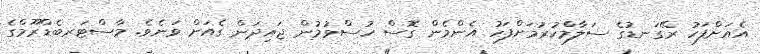
އެއަށްފަހު ރޭގަނޑުގެ ސަލާމްކުރުމަށްފަހު އެންމެން ގޮސް ހުސްވުމުން ޖައިދަން ގެއަށް ވަނެވެ. މާސްޓަރބެޑްރޫމްގެ